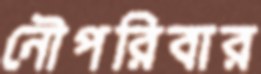
নৌপরিবার